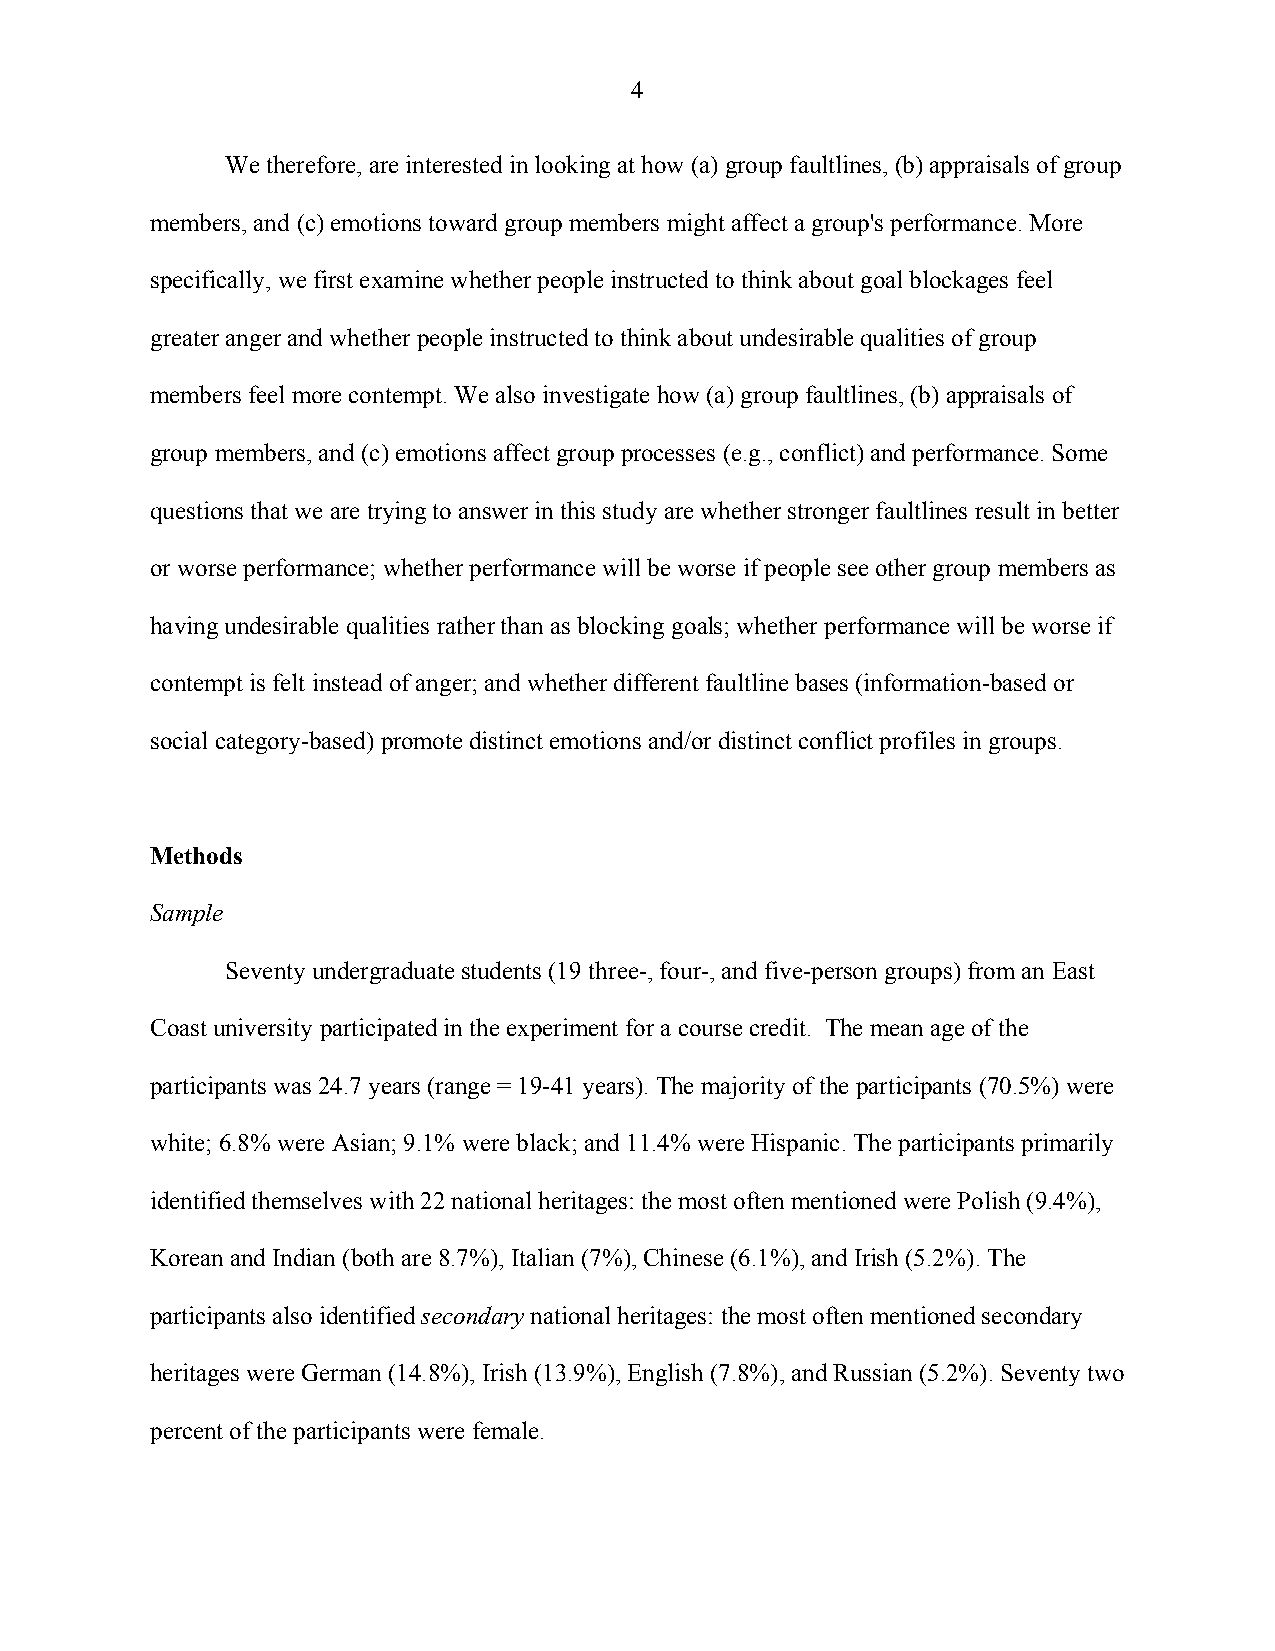
4
 We therefore, are interested in looking at how (a) group faultlines, (b) appraisals of group
 members, and (c) emotions toward group members might affect a group's performance. More
 specifically, we first examine whether people instructed to think about goal blockages feel
 greater anger and whether people instructed to think about undesirable qualities of group
 members feel more contempt. We also investigate how (a) group faultlines, (b) appraisals of
 group members, and (c) emotions affect group processes (e.g., conflict) and performance. Some
 questions that we are trying to answer in this study are whether stronger faultlines result in better
 or worse performance; whether performance will be worse if people see other group members as
 having undesirable qualities rather than as blocking goals; whether performance will be worse if
 contempt is felt instead of anger; and whether different faultline bases (information-based or
 social category-based) promote distinct emotions and/or distinct conflict profiles in groups.
 Methods
 Sample
 Seventy undergraduate students (19 three-, four-, and five-person groups) from an East
 Coast university participated in the experiment for a course credit. The mean age of the
 participants was 24.7 years (range = 19-41 years). The majority of the participants (70.5%) were
 white; 6.8% were Asian; 9.1% were black; and 11.4% were Hispanic. The participants primarily
 identified themselves with 22 national heritages: the most often mentioned were Polish (9.4%),
 Korean and Indian (both are 8.7%), Italian (7%), Chinese (6.1%), and Irish (5.2%). The
 participants also identified secondary national heritages: the most often mentioned secondary
 heritages were German (14.8%), Irish (13.9%), English (7.8%), and Russian (5.2%). Seventy two
 percent of the participants were female.